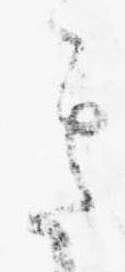
き